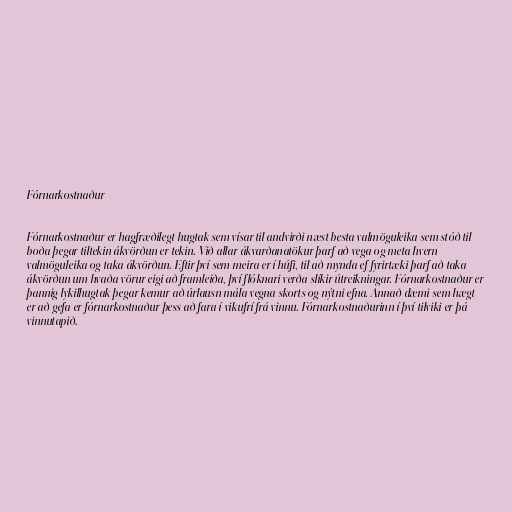
Fórnarkostnaður

Fórnarkostnaður er hagfræðilegt hugtak sem vísar til andvirði næst besta valmöguleika sem stóð til
boða þegar tiltekin ákvörðun er tekin. Við allar ákvarðanatökur þarf að vega og meta hvern
valmöguleika og taka ákvörðun. Eftir því sem meira er í húfi, til að mynda ef fyrirtæki þarf að taka
ákvörðun um hvaða vörur eigi að framleiða, því flóknari verða slíkir útreikningar. Fórnarkostnaður er
þannig lykilhugtak þegar kemur að úrlausn mála vegna skorts og nýtni efna. Annað dæmi sem hægt
er að gefa er fórnarkostnaður þess að fara í vikufrí frá vinnu. Fórnarkostnaðurinn í því tilviki er þá
vinnutapið.